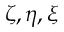
\zeta , \eta , \xi